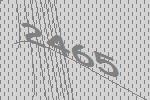
2465